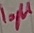
Text: 10µ